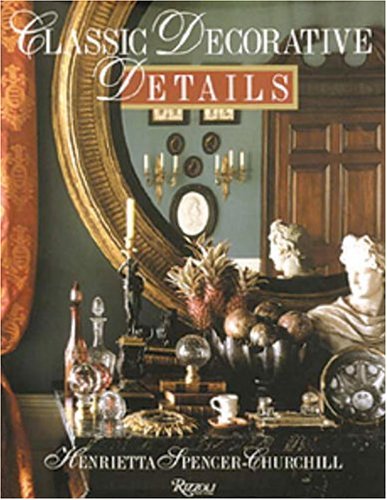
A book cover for Classic Decorative Details; Henrietta Spencer-Churchill; Arts & Photography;